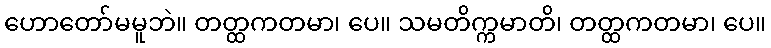
ဟောတော်မမူဘဲ။ တတ္ထကတမာ၊ ပေ။ သမတိက္ကမာတိ၊ တတ္ထကတမာ၊ ပေ။